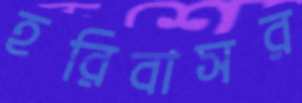
হরিবাসর